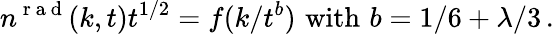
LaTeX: n^{\mathrm{~r~a~d~}}(k,t)t^{1/2}=f(k/t^{b})\, \, \mathrm{with}\, \, b=1/6+\lambda/3\, .